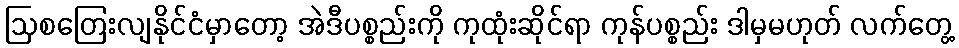
ဩစတြေးလျနိုင်ငံမှာတော့ အဲဒီပစ္စည်းကို ကုထုံးဆိုင်ရာ ကုန်ပစ္စည်း ဒါမှမဟုတ် လက်တွေ့